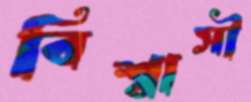
বিশ্বাসী